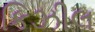
કિઝીલ